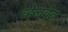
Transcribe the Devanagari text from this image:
व्हेलवेट